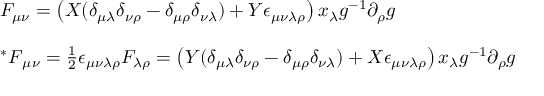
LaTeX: \begin{array} { l } { { F _ { \mu \nu } = \left( X ( \delta _ { \mu \lambda } \delta _ { \nu \rho } - \delta _ { \mu \rho } \delta _ { \nu \lambda } ) + Y \epsilon _ { \mu \nu \lambda \rho } \right) x _ { \lambda } g ^ { - 1 } \partial _ { \rho } g } } \\ { { { } } } \\ { { { { } ^ { \ast } F } _ { \mu \nu } = \textstyle { \frac { 1 } { 2 } } \epsilon _ { \mu \nu \lambda \rho } F _ { \lambda \rho } = \left( Y ( \delta _ { \mu \lambda } \delta _ { \nu \rho } - \delta _ { \mu \rho } \delta _ { \nu \lambda } ) + X \epsilon _ { \mu \nu \lambda \rho } \right) x _ { \lambda } g ^ { - 1 } \partial _ { \rho } g } } \end{array}